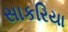
સાકરિયા